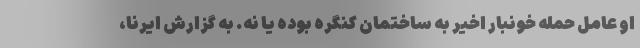
او عامل حمله خونبار اخیر به ساختمان کنگره بوده یا نه. به گزارش ایرنا،